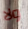
ولا